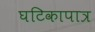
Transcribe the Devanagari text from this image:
घटिकापात्र